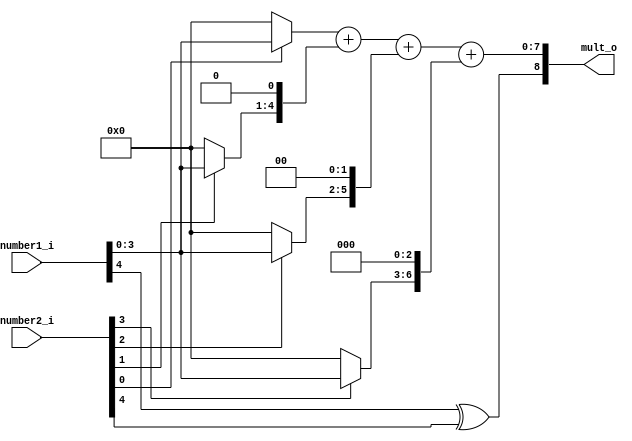
`timescale 1ns / 1ps
//////////////////////////////////////////////////////////////////////////////////
// Company: 
// Engineer: 
// 
// Design Name: 
// Module Name: soru1
// Project Name: 
// Target Devices: 
// Tool Versions: 
// Description: 
// 
// Dependencies: 
// 
// Revision:
// Revision 0.01 - File Created
// Additional Comments:
// 
//////////////////////////////////////////////////////////////////////////////////

module soru1 
(
input [4:0] number1_i,
input [4:0] number2_i,
output reg [8:0] mult_o
);

reg [7:0] num1, num2, num3, num4;

//        - - - -
//        - - - -
//        ________
//        - - - -
//      - - - - 0
//    - - - - 0 0
//  - - - - 0 0 0
// _______________

always@(*) begin
    mult_o[8] = number1_i[4] ^ number2_i[4]; 
end

always @(*) begin

    num1 = 0;
    num2 = 0;
    num3 = 0;
    num4 = 0;

    if (number2_i[0] == 1'b1) begin
        num1[3:0] = number1_i[3:0];
    end
    if (number2_i[1] == 1'b1) begin
        num2[4:1] = number1_i[3:0];
    end
    if (number2_i[2] == 1'b1) begin
        num3[5:2] = number1_i[3:0];
    end
    if (number2_i[3] == 1'b1) begin
        num4[6:3] = number1_i[3:0];
    end

    mult_o[7:0] = num1 + num2 + num3 + num4;

end

endmodule